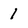
Character: 1